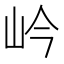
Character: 岒